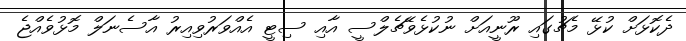
ދެކޮޅަށް ކުޅޭ މެޗުގައި ރޫނީއަށް ނުކުޅެވޭޗެލްސީ އާއި ސިޓީ އެއްވަރުވިއިރު އާސެނަލް މޮޅުވެއްޖެ